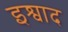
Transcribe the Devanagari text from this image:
इश्वाद